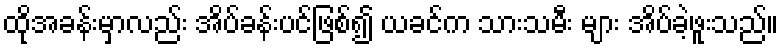
ထိုအခန်းမှာလည်း အိပ်ခန်းပင်ဖြစ်၍ ယခင်က သားသမီး များ အိပ်ခဲ့ဖူးသည်။